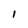
Character: I